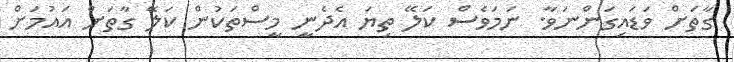
ގާތަށް ވަޑައިގަންނަވާ. ނަމަވެސް ކަލޭ ތިޔަ އެދެނީ މީސްތަކުން ކަލޭ ގާތަށް އައުމަށް